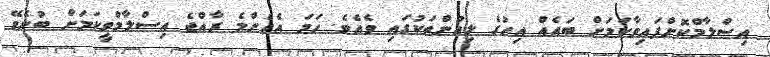
އިސްލާމްކޮށްފައިވާކަމަށް ބައެއް އިހުގެ ލިއުންތަކުގައި ވެއެވެ. ހަމަ އެހެންމެ ރާއްޖެ އިސްލާމްވީކަމަށް ބުނެވޭ